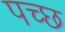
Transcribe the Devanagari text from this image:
पच्‍छ